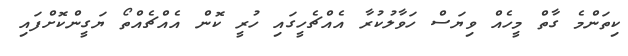
ކިތަންމެ ގާތް މީހެއް ވިޔަސް ހަވާލުކުރާ އެއްޗެހީގައި ހުރީ ކޮން އެއްޗެއްތޯ ޔަގީންކޮށްފައި